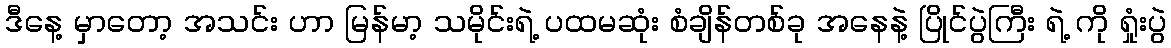
ဒီနေ့ မှာတော့ အသင်း ဟာ မြန်မာ့ သမိုင်းရဲ့ ပထမဆုံး စံချိန်တစ်ခု အနေနဲ့ ပြိုင်ပွဲကြီး ရဲ့ ကို ရှုံးပွဲ